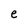
Character: e